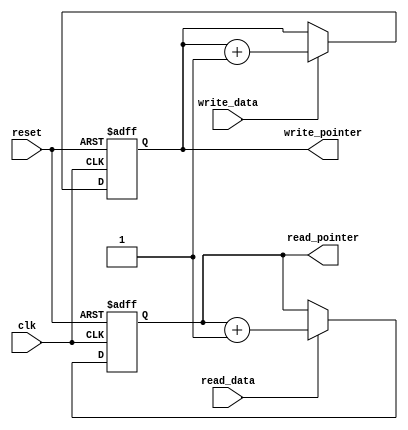
module asynchronous_fifo_buffer(
    input wire clk,
    input wire reset,
    input wire read_data,
    input wire write_data,
    output reg read_pointer,
    output reg write_pointer
);

// Timing control block
always @(posedge clk or negedge reset) begin
    if (reset == 1'b0) begin
        read_pointer <= 0;
        write_pointer <= 0;
    end else begin
        if (read_data == 1'b1) begin
            read_pointer <= read_pointer + 1;
        end
        
        if (write_data == 1'b1) begin
            write_pointer <= write_pointer + 1;
        end
    end
end

// Synchronization block
always @(posedge clk) begin
    // Additional logic for synchronizing data between read and write interfaces
end

endmodule